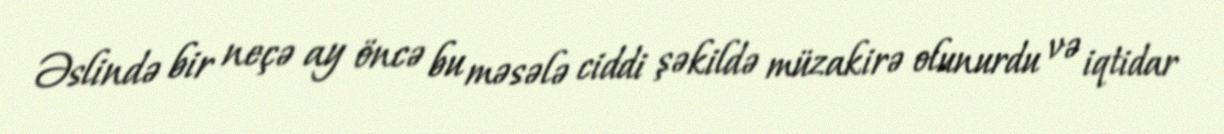
Əslində bir neçə ay öncə bu məsələ ciddi şəkildə müzakirə olunurdu və iqtidar